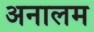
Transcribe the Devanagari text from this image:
अनालम